Document type: Barter
Year: 1304
Scribe: Pere Pometa
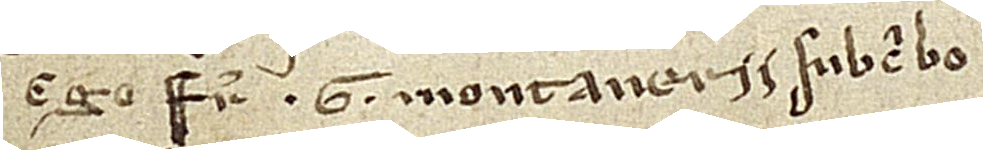
Ego frater G. Montanerii subscribo.